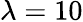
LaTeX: \lambda=10